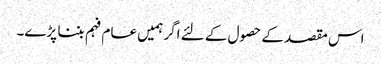
اس مقصد کے حصول کے لئے اگر ہمیں عام فہم بننا پڑے۔